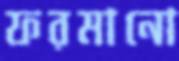
ফরমানো